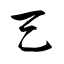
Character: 天